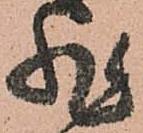
非